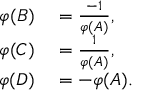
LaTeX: \begin{array} { r l } { \varphi ( B ) } & { { } = { \frac { - 1 } { \varphi ( A ) } } , } \\ { \varphi ( C ) } & { { } = { \frac { 1 } { \varphi ( A ) } } , } \\ { \varphi ( D ) } & { { } = - \varphi ( A ) . } \end{array}